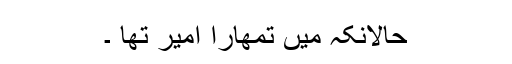
حالانکہ میں تمھارا امیر تھا ۔